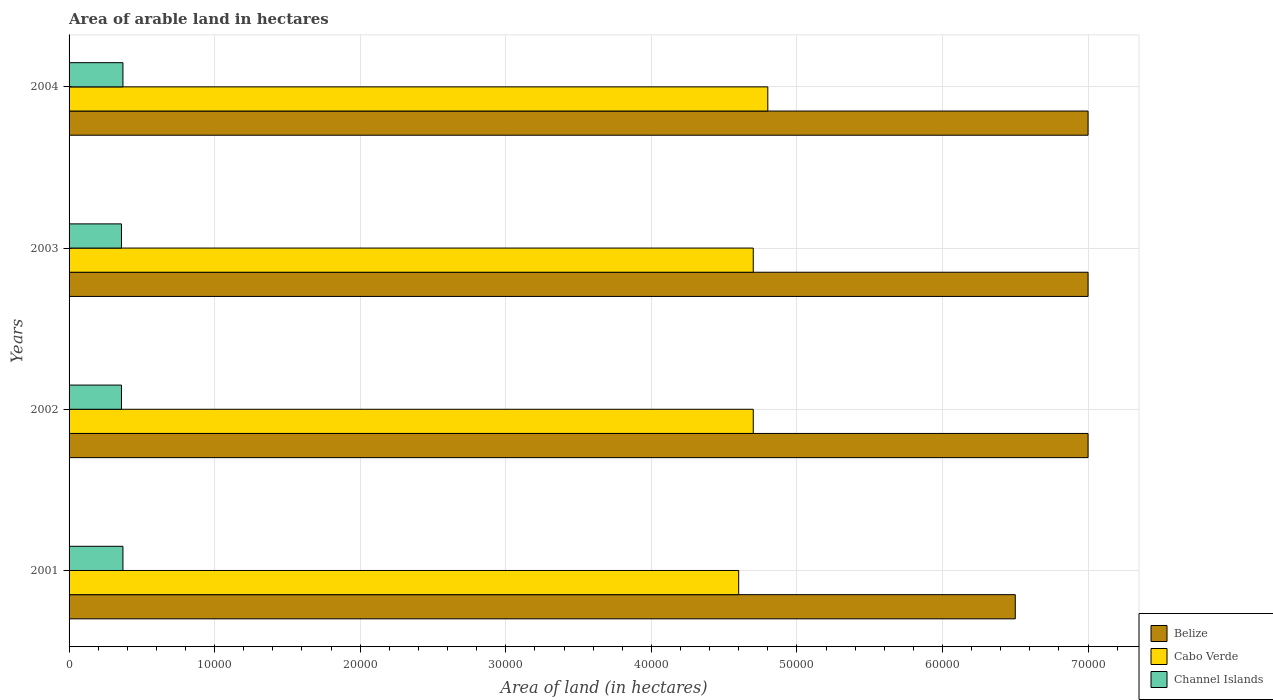
| Years | Belize | Cabo Verde | Channel Islands |
 | --- | --- | --- | --- |
 | 2001 | 6.5e+04 | 4.6e+04 | 3.7e+03 |
 | 2002 | 7e+04 | 4.7e+04 | 3.6e+03 |
 | 2003 | 7e+04 | 4.7e+04 | 3.6e+03 |
 | 2004 | 7e+04 | 4.8e+04 | 3.7e+03 |